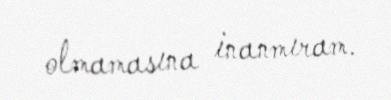
olmamasına inanmıram.